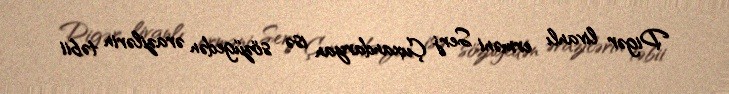
Digər livanlı erməni Serj Çuxandaryan isə sözügedən ərazilərin təbii